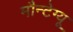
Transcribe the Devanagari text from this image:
मौन्टेग्यू